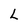
Character: L